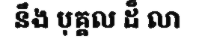
នឹង បុគ្គល ដ៏ លា